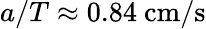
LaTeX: a/T\approx 0.84~\mathrm{cm/s}